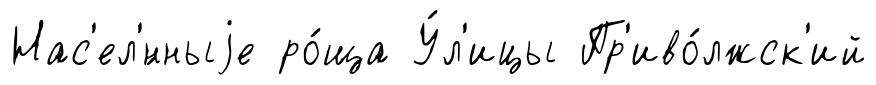
Нас'ел'́нныjе ро́ща У́л'ицы Пр'иво́лжск'ий